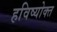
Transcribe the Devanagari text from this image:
हविष्योक्त